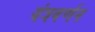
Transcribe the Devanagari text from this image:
यंत्रवर्णन